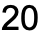
20